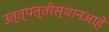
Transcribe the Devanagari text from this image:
उत्त्पत्तीस्थानआहे